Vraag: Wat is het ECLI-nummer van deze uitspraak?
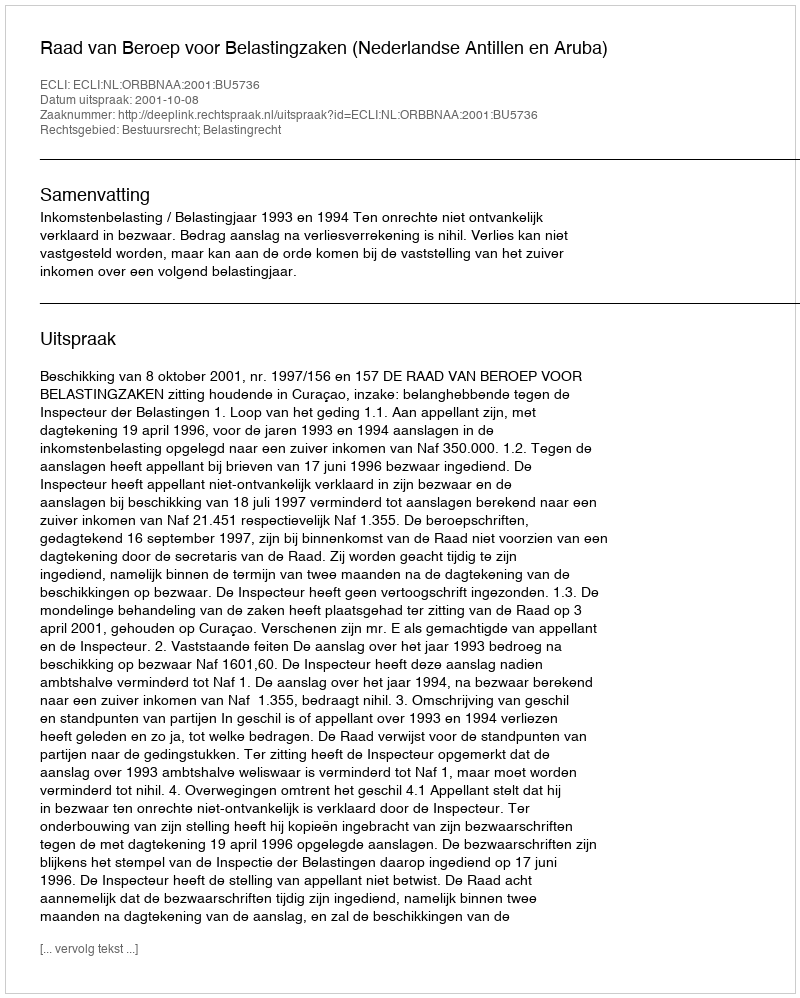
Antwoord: ECLI:NL:ORBBNAA:2001:BU5736